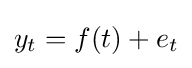
y_{t}=f(t)+e_{t}